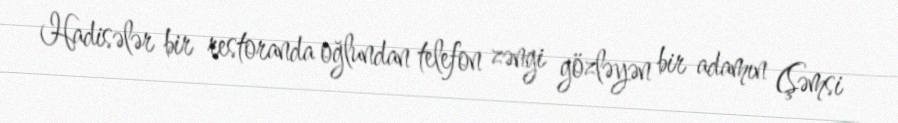
Hadisələr bir restoranda oğlundan telefon zəngi gözləyən bir adamın (Şəmsi